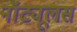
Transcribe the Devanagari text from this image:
नॉट्यूलस